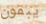
يبقون